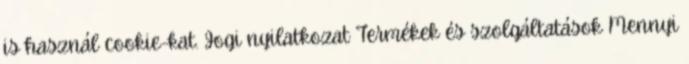
is használ cookie-kat. Jogi nyilatkozat Termékek és szolgáltatások Mennyi